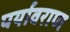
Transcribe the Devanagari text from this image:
पर्यावराण